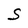
Character: S